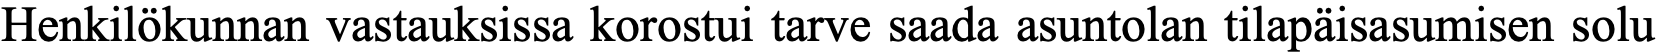
Henkilökunnan vastauksissa korostui tarve saada asuntolan tilapäisasumisen solu